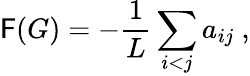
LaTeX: \mathsf{F}(G)=-\frac{{1}}{{L}}\sum_{i<j}a_{ij}\ ,